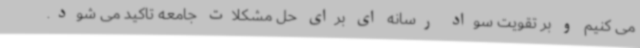
می کنیم و بر تقویت سواد رسانه ای برای حل مشکلات جامعه تاکید می شود.